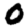
Digit: 0